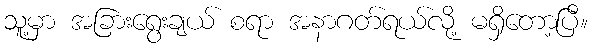
သူ့မှာ အခြားရွေးချယ် စရာ အနာဂတ်ရယ်လို့ မရှိတော့ပြီ။